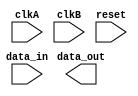
module asynchronous_fifo (
  input wire clkA,
  input wire clkB,
  input wire reset,
  input wire data_in,
  output wire data_out
);

// FIFO buffer implementation goes here

// Timing control block
always @(posedge clkA or posedge reset) begin
  // Code for determining when to transfer data between clock domains based on FIFO buffer space availability
end

// Synchronization block
always @(posedge clkA or posedge reset) begin
  // Code for synchronizing data between the two clock domains and ensuring reliable transfer
end

endmodule